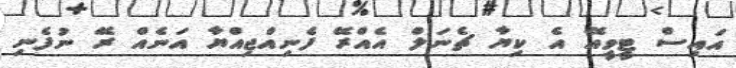
އައިސް ޓީވީއޭ އެ ކިޔާ ޗެނަލް އެއްރޭ ފެނިއްޖިއްޔާ އަނެއް ރޭ ނުފެނި